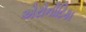
એરોનૌટિકા